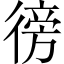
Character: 徬